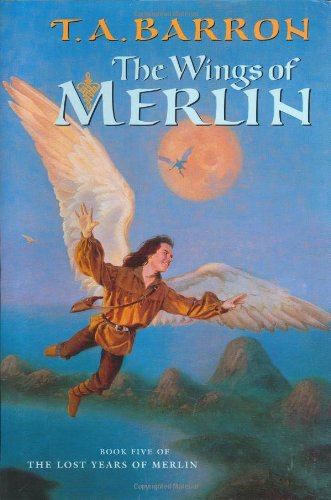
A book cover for The Wings of Merlin (Lost Years Of Merlin, Bk. Five); T. A. Barron; Children's Books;